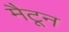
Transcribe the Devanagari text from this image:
मैटून